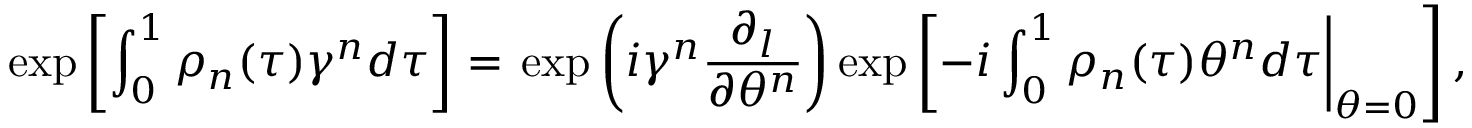
\exp \left[ \int _ { 0 } ^ { 1 } \rho _ { n } ( \tau ) \gamma ^ { n } d \tau \right] = \left. \exp \left( i \gamma ^ { n } \frac { \partial _ { l } } { \partial \theta ^ { n } } \right) \exp \left[ - i \int _ { 0 } ^ { 1 } \rho _ { n } ( \tau ) \theta ^ { n } d \tau \right| _ { \theta = 0 } \right] ,